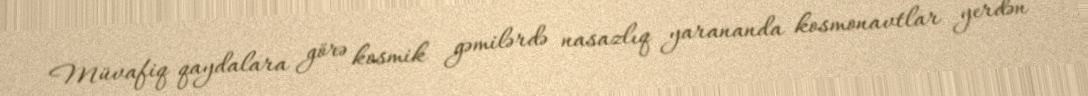
Müvafiq qaydalara görə kosmik gəmilərdə nasazlıq yarananda kosmonavtlar yerdən